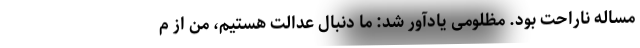
مساله ناراحت بود. مظلومی یادآور شد: ما دنبال عدالت هستیم، من از م